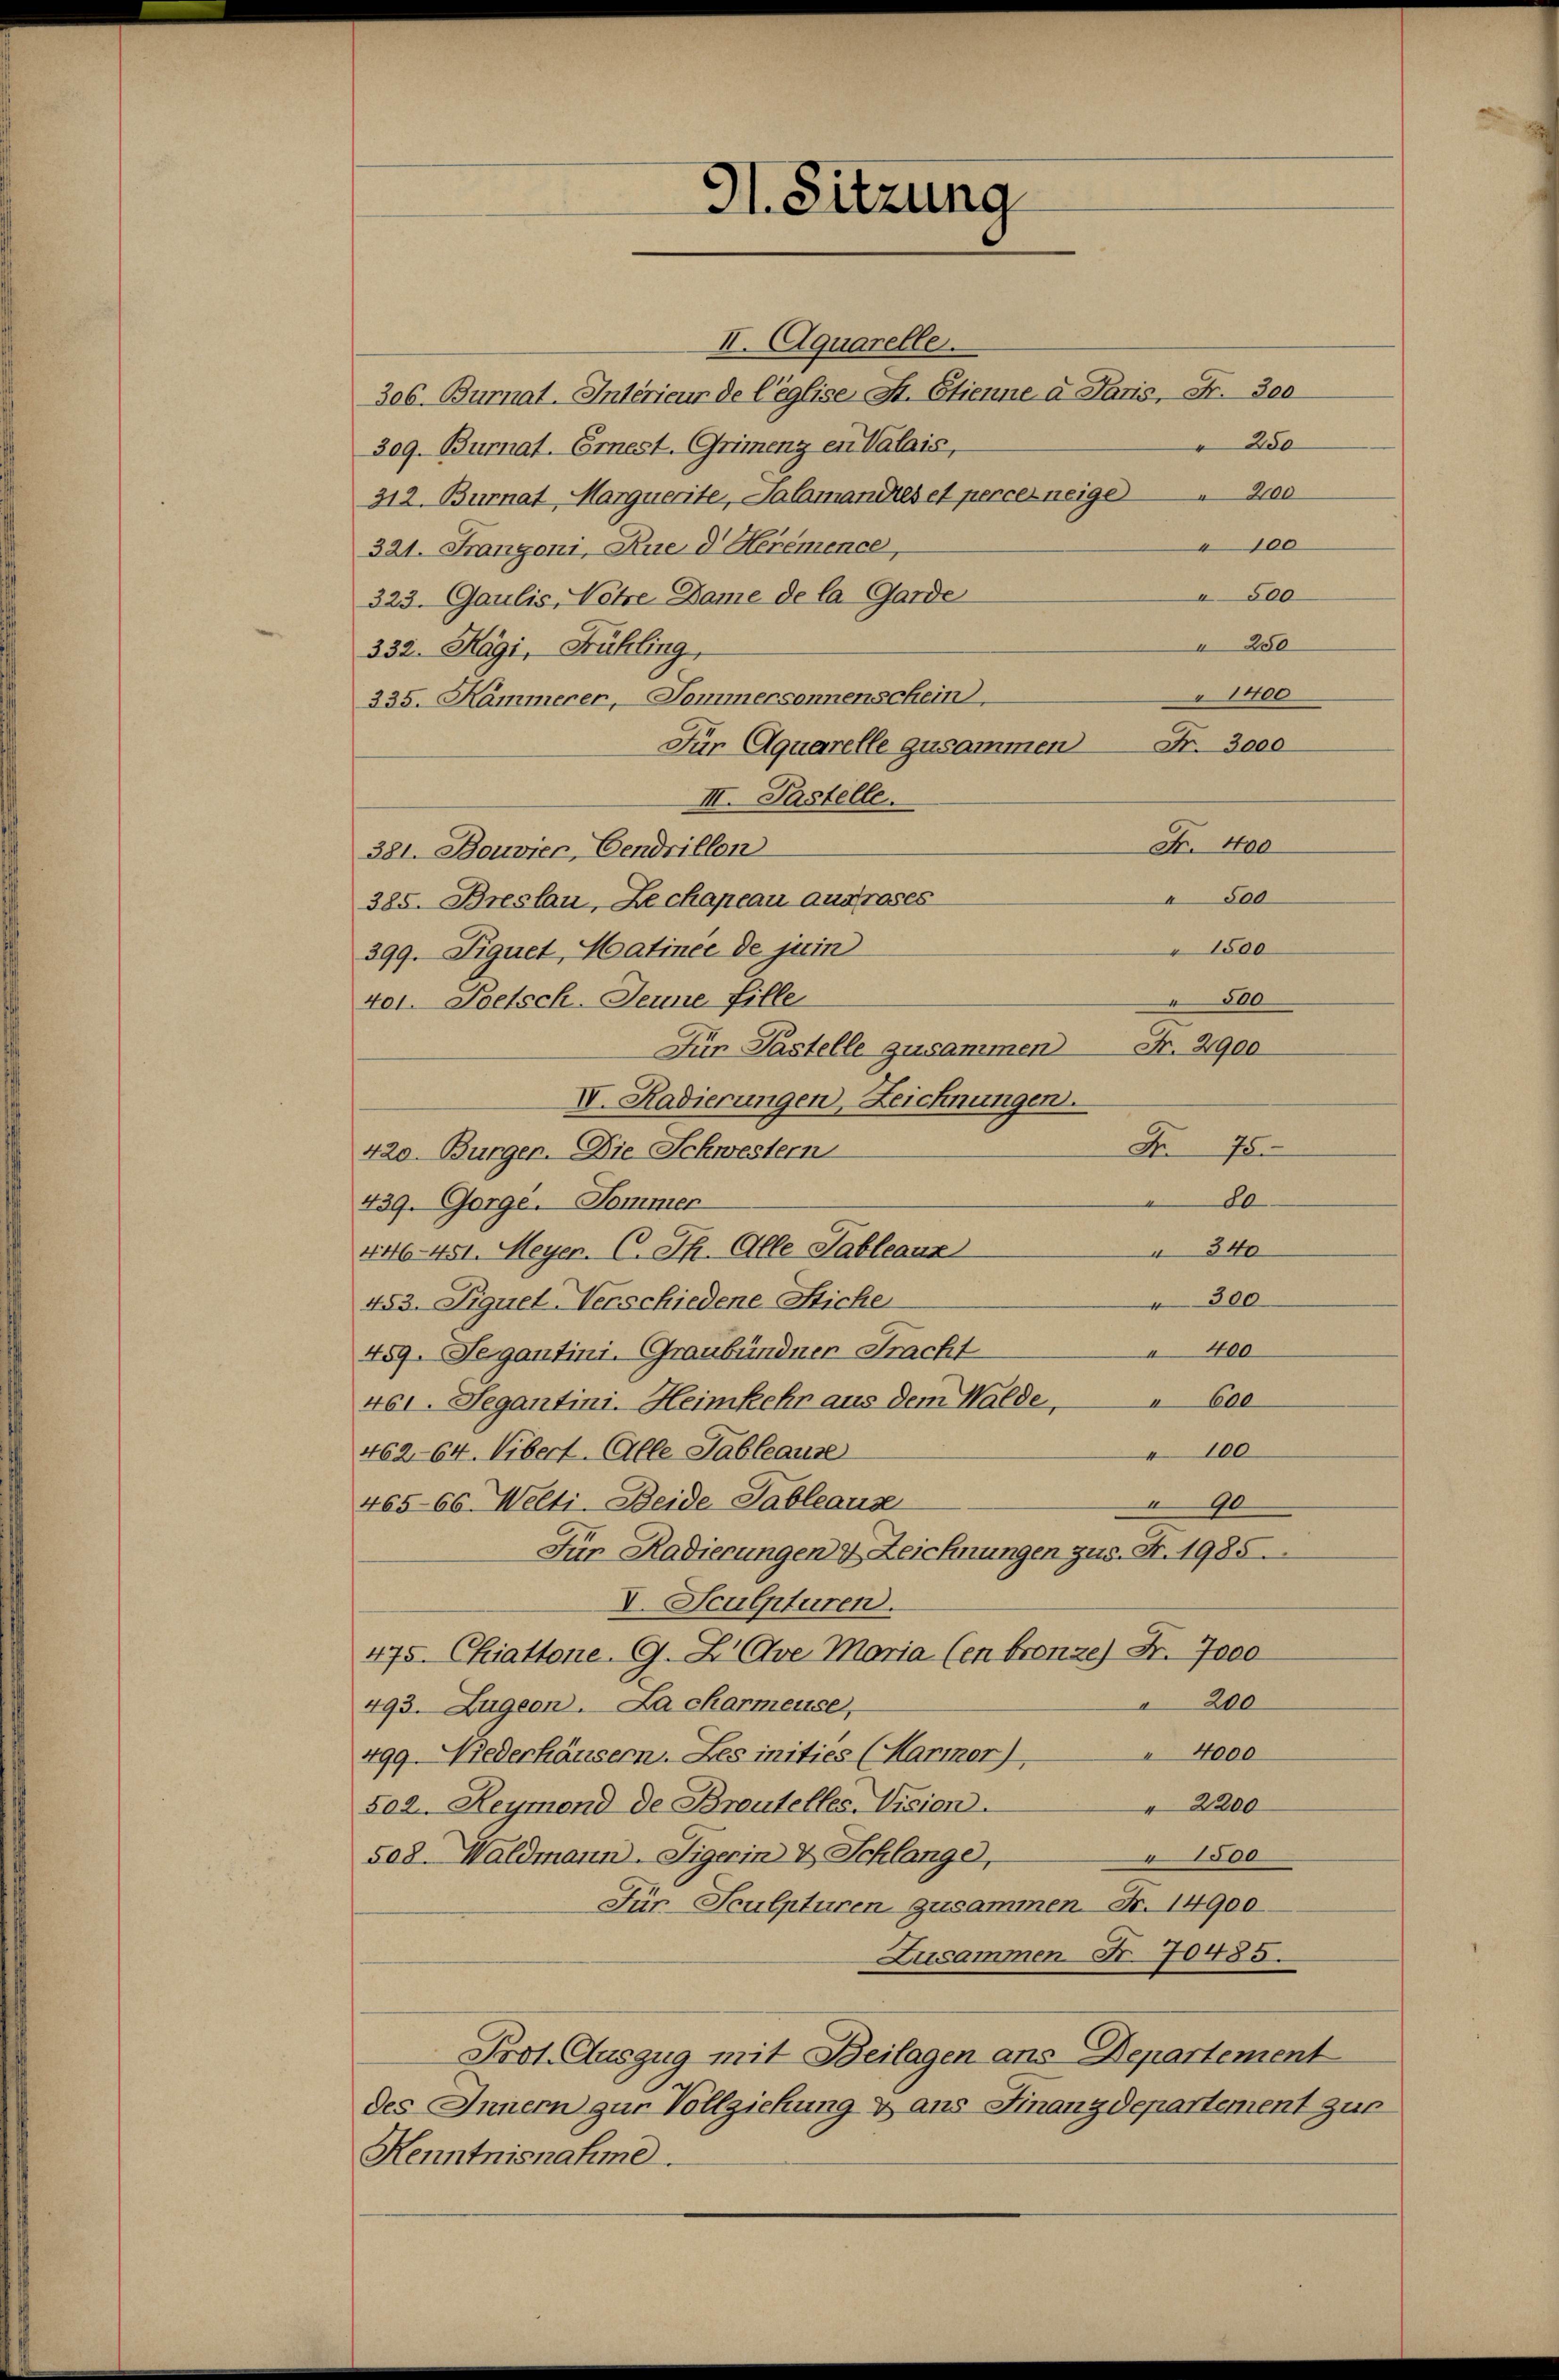
H. Sitzung

II. Aquarelle.
306. Burnat. Interieur de l’eglise H. Etienne u. Paris, Nr. 300
250
309. Burnat. Ernest. Grimenz en Valais,
200
312. Burnat Marguerite, Salamandes et percer neige
100
321. Franzoni, Aue d Herémence,
500
323. Gaulis, Netze Dame de la Garde
250
332. Kägi, Frühling,
335. Kammerer, Jommersonnenschein,
Für Aquarelle zusammen Fr. 3000
III. Pastelle.
381. Bouvier, Cendrillon
385. Breslau, Zechapeau ausroses
399. Siquet, Matiner de juin
401. Poetsch-Jeune fille
Jün Pastelle zusammen
II. Radierungen, Zeichnungen.
420. Burgen. Die Schwestern
439. Gorge. Sommer
 340
446. 451. Meyer. C. Th. Alle Tableaux
300
453. Figuet-Verschiedene Stiche
400
459. Segantini. Graubündner Fracht
461. Segantini. Heimkehr aus dem Walde, 600
100
462-64. Uibert. Alle Tableause
0
465-66. Welti-Beide Tableaus
Für Radierungen & Zeichnungen zus. Fr. 1985.
V. Sculpturen.
475. Chiattone. G. L. Ave Maria (en bronze) Fr. 7000
200
e
493. Zugeon. La charmeuse,
 4000
499. Niederhäusern. Les inities (Harmor),
2200
502. Heymond de Brautelles, Vision.
 1500
508. Waldmann. Sigerin & Schlange,
Für Sculpturen zusammen. Fr. 14900.
Zusammen Fr. 70485.
Prot. Auszug mit Beilagen ans Departement
des Innern zur Vollziehung & ans Finanzdepartement zur
Kenntnisnahme.

" 10000
Fr. 400
 500
1500
800
Nr. 2900
Fr. 75
80